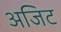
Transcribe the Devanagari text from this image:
अजिट